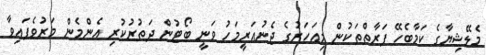
މެލޭޝިޔާގެ ކަމާބެހޭ ފަރާތްތަކުން މިއަހަރުގެ ޖެނުއަރީމަހު ވަނީ ބޯޓުން ދަތުރުކުރި އެންމެން މަރުވެފައިވާ